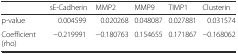
|  | sE-Cadherin | MMP2 | MMP9 | TIMP1 | Clusterin |
 | --- | --- | --- | --- | --- | --- |
 | p-value | 0.004599 | 0.020268 | 0.048087 | 0.027881 | 0.031574 |
 | Coefficient (rho) | −0.219991 | −0.180763 | 0.154655 | 0.171867 | −0.168062 |